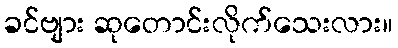
ခင်ဗျား ဆုတောင်းလိုက်သေးလား။